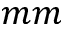
m m